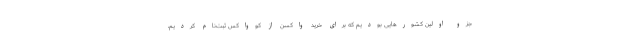
جزو اولین کشورهایی بودیم که برای خرید واکسن از کوواکس ثبت‌نام کردیم،